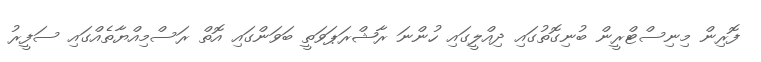
ފޮރިން މިނިސްޓްރީން ބުނިގޮތުގައި ދިއްލީގައި ހުންނަ ރާޝްރަޕަވަތީ ބަވަންގައި އޮތް ރަސްމިއްޔާތެއްގައި ސަފީރު